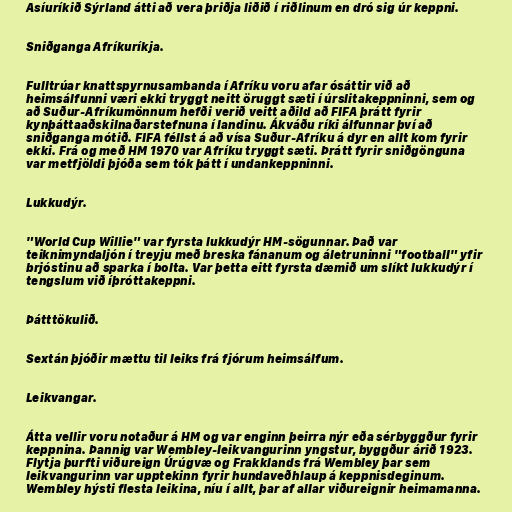
Asíuríkið Sýrland átti að vera þriðja liðið í riðlinum en dró sig úr keppni.

Sniðganga Afríkuríkja.

Fulltrúar knattspyrnusambanda í Afríku voru afar ósáttir við að
heimsálfunni væri ekki tryggt neitt öruggt sæti í úrslitakeppninni, sem og
að Suður-Afríkumönnum hefði verið veitt aðild að FIFA þrátt fyrir
kynþáttaaðskilnaðarstefnuna í landinu. Ákváðu ríki álfunnar því að
sniðganga mótið. FIFA féllst á að vísa Suður-Afríku á dyr en allt kom fyrir
ekki. Frá og með HM 1970 var Afríku tryggt sæti. Þrátt fyrir sniðgönguna
var metfjöldi þjóða sem tók þátt í undankeppninni.

Lukkudýr.

"World Cup Willie" var fyrsta lukkudýr HM-sögunnar. Það var
teiknimyndaljón í treyju með breska fánanum og áletruninni "football" yfir
brjóstinu að sparka í bolta. Var þetta eitt fyrsta dæmið um slíkt lukkudýr í
tengslum við íþróttakeppni.

Þátttökulið.

Sextán þjóðir mættu til leiks frá fjórum heimsálfum.

Leikvangar.

Átta vellir voru notaður á HM og var enginn þeirra nýr eða sérbyggður fyrir
keppnina. Þannig var Wembley-leikvangurinn yngstur, byggður árið 1923.
Flytja þurfti viðureign Úrúgvæ og Frakklands frá Wembley þar sem
leikvangurinn var upptekinn fyrir hundaveðhlaup á keppnisdeginum.
Wembley hýsti flesta leikina, níu í allt, þar af allar viðureignir heimamanna.